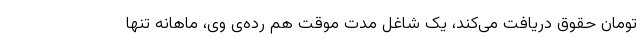
تومان حقوق دریافت می‌کند، یک شاغل مدت موقت هم رده‌ی وی، ماهانه تنها